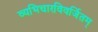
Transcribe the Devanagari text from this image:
व्यभिचारविवर्जितम्